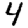
Digit: 4